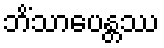
ဘိံသာပေန္တဿ